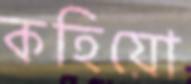
কহিয়ো